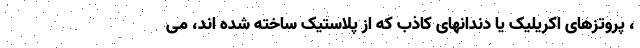
، پروتزهای اکریلیک یا دندانهای کاذب که از پلاستیک ساخته شده اند، می